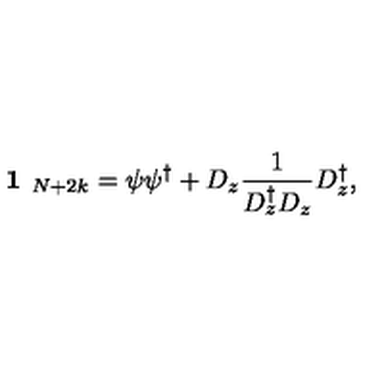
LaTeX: \textbf { 1 } _ { N + 2 k } = \psi \psi ^ { \dagger } + D _ { z } \frac { 1 } { D _ { z } ^ { \dagger } D _ { z } } D _ { z } ^ { \dagger } ,